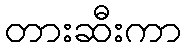
တားဆီးကာ